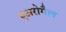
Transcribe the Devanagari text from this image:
एअरोगैल